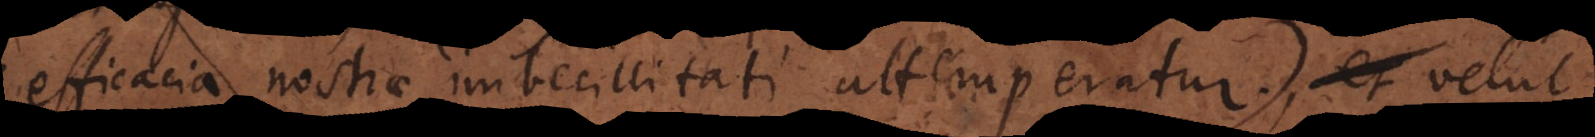
efficacia nostrae imbecillitati attemperatur:) velut